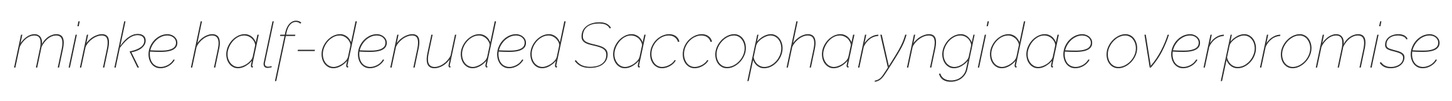
minke half-denuded Saccopharyngidae overpromise